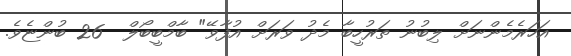
އަހަރެމެންނަށް ލިބުނު ތަރުހީބާ މެދު ވަރަށް އުފާވޭ" ބާމްބީބޯލް  26 ބުންޏެވެ.